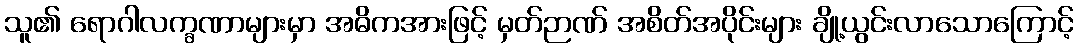
သူ၏ ရောဂါလက္ခဏာများမှာ အဓိကအားဖြင့် မှတ်ဉာဏ် အစိတ်အပိုင်းများ ချို့ယွင်းလာသောကြောင့်